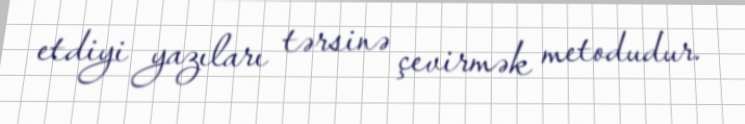
etdiyi yazıları tərsinə çevirmək metodudur.